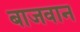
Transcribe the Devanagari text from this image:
बाजवान